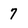
Character: 7